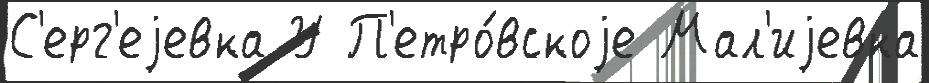
С'ерг'еjевка У П'етро́вскоjе Мал'иjевка